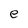
Character: e